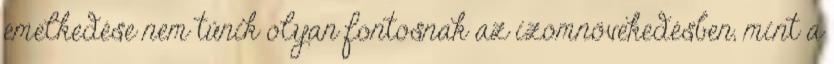
emelkedése nem tűnik olyan fontosnak az izomnövekedésben, mint a